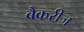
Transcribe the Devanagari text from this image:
बैकरीज